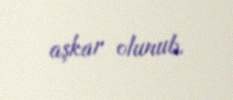
aşkar olunub.